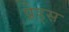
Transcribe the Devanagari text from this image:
प्रेड्स